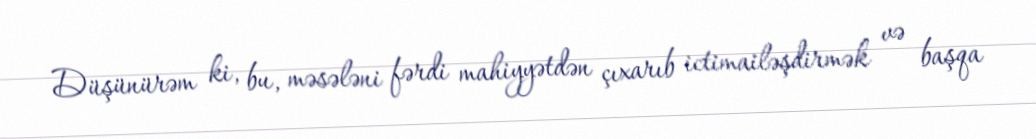
Düşünürəm ki, bu, məsələni fərdi mahiyyətdən çıxarıb ictimailəşdirmək və başqa